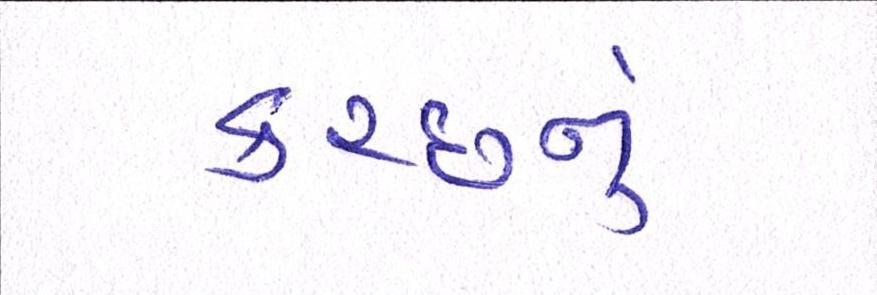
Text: કચ્છનું